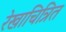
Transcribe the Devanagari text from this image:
रेखाचित्रित